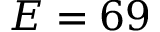
E = 6 9